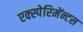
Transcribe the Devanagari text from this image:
एक्स्पेरिमेंन्टस